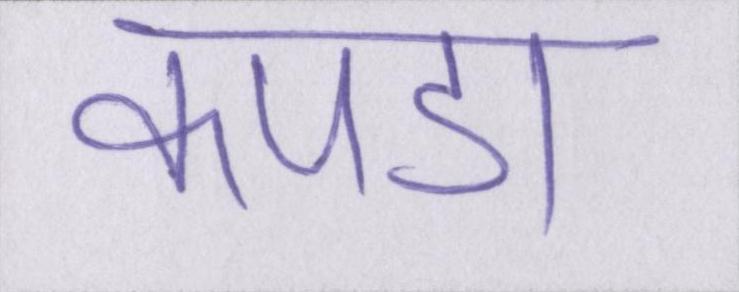
कपडा